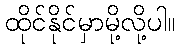
ထိုင်နိုင်မှာမို့လို့ပါ။